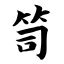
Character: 笥